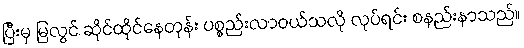
ပြီးမှ မြလွင် ဆိုင်ထိုင်နေတုန်း ပစ္စည်းလာဝယ်သလို လုပ်ရင်း စနည်းနာသည်။